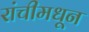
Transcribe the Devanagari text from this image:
रांचीमधून